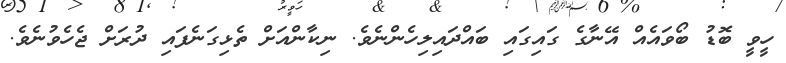
ހީވީ ބޮޑު ބޯވައެއް އޭނާގެ ގައިގައި ބައްދައިލިހެންނެވެ. ނިކާންއަށް ތެޅިގަނެފައި ދުރަށް ޖެހެވުނެވެ.